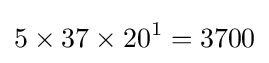
5\times 37\times 20^{1}=3700